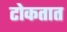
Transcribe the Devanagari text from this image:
टोकतात